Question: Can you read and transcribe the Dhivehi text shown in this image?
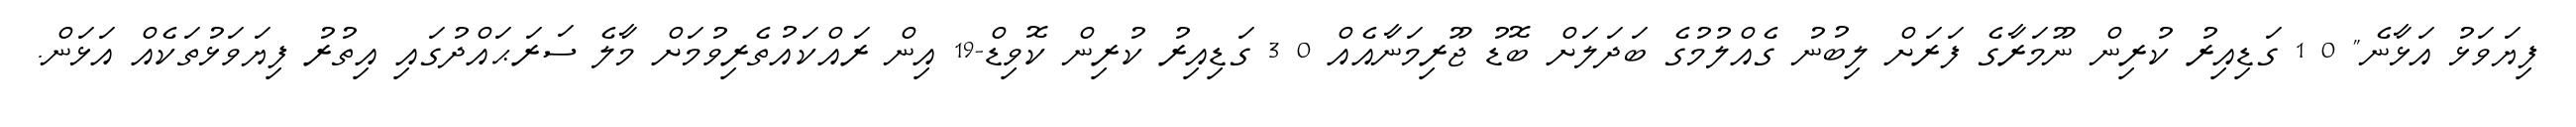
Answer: ފިޔަވަޅު އަޅާނެ" 0 1 ގަޑިއިރު ކުރިން ނޫމަރާގެ ފަރަށް ލިބުނު ގެއްލުމުގެ ބަދަލަށް ބޮޑު ޖޫރިމަނާއެއް 0 3 ގަޑިއިރު ކުރިން ކޮވިޑް-19 އިން ރައްކައުތެރިވުމަށް މާލެ ސަރަޙައްދުގައި އިތުރު ފިޔަވަޅުތަކެއް އަޅަން.